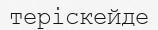
теріскейде